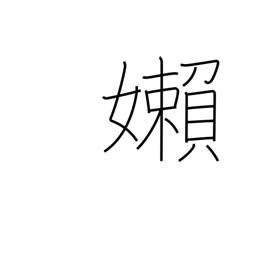
Meaning: languid